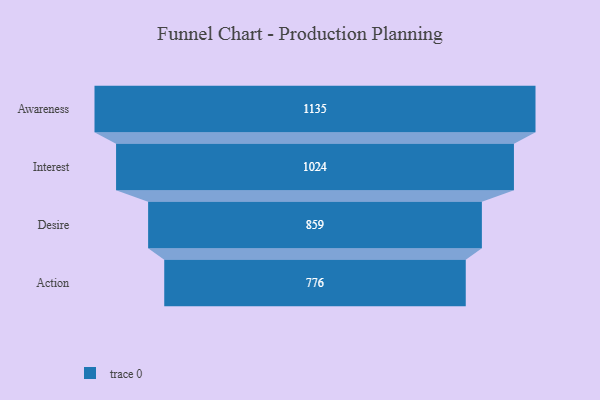
{"axis": {"x": "Stage", "y": "Value"}, "legend": [""], "data": [{"x": "Awareness", "y": 1135.0, "type": ""}, {"x": "Interest", "y": 1024.0, "type": ""}, {"x": "Desire", "y": 859.0, "type": ""}, {"x": "Action", "y": 776.0, "type": ""}]}